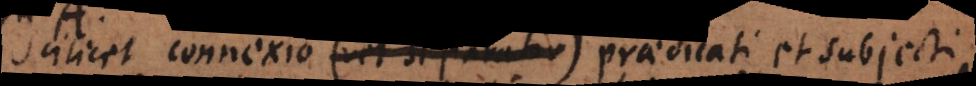
Scilicet connexio (vel separatio) praedicati et subjecti